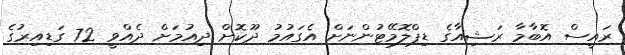
ރައީސް އޮބާމާ ރަޝިއާގެ ޑިޕްލޮމޭޓުންނަށް އެގައުމު ދޫކޮށް ދިއުމަށް ދެއްވީ 72 ގަޑިއިރުގެ